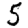
Digit: 5